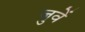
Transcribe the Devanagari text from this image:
जुवें